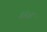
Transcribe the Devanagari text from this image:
मैसेजों